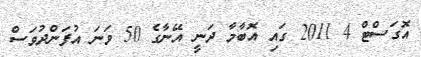
އޮގަސްޓް 4 2011 ގައި އޮބާމާ ދަނީ އޭނާގެ 50 ވަނަ އުފަންދުވަސް